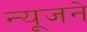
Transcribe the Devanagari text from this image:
न्यूजने